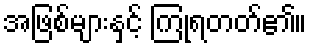
အဖြစ်များနှင့် ကြုံရတတ်၏။